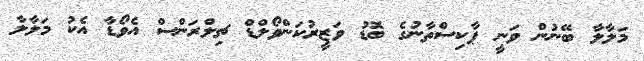
މަލާލާ ބޭނުން ވަނީ ޕާކިސްތާނުގެ ބޮޑު ވަޒީރުކަންވޯލްޑް ޗިލްރަންސް އެވޯޑާ އެކު މަލާލާ